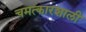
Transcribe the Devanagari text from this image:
चमत्कारशाली